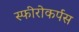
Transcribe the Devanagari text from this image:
स्फीरोकर्पस